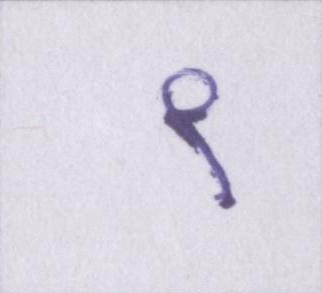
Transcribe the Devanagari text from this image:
९